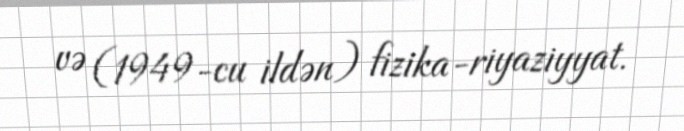
və (1949-cu ildən) fizika-riyaziyyat.